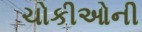
ચોકીઓની